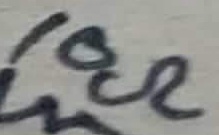
Text: 10Ω